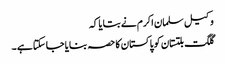
وکیل سلمان اکرم نے بتایا کہ
گلگت بلتستان کو پاکستان کا حصہ بنایا جا سکتا ہے ۔